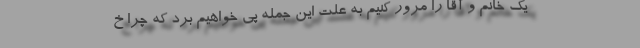
یک خانم و آقا را مرور کنیم به علت این جمله پی خواهیم برد که چرا خ